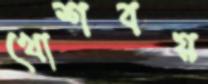
খোশবয়